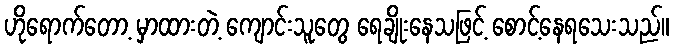
ဟိုရောက်တော့ မှာထားတဲ့ ကျောင်းသူတွေ ရေချိုးနေသဖြင့် စောင့်နေရသေးသည်။